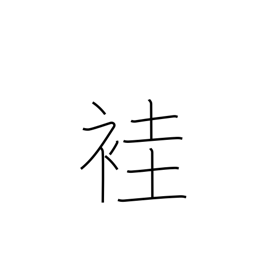
Meaning: ancient ordinary kimono